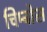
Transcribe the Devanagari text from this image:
चिम्बोस